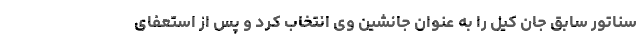
سناتور سابق جان کیل را به عنوان جانشین وی انتخاب کرد و پس از استعفای